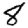
Digit: 8